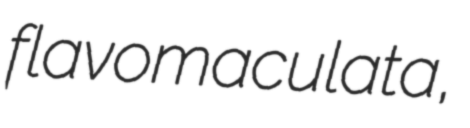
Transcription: flavomaculata,